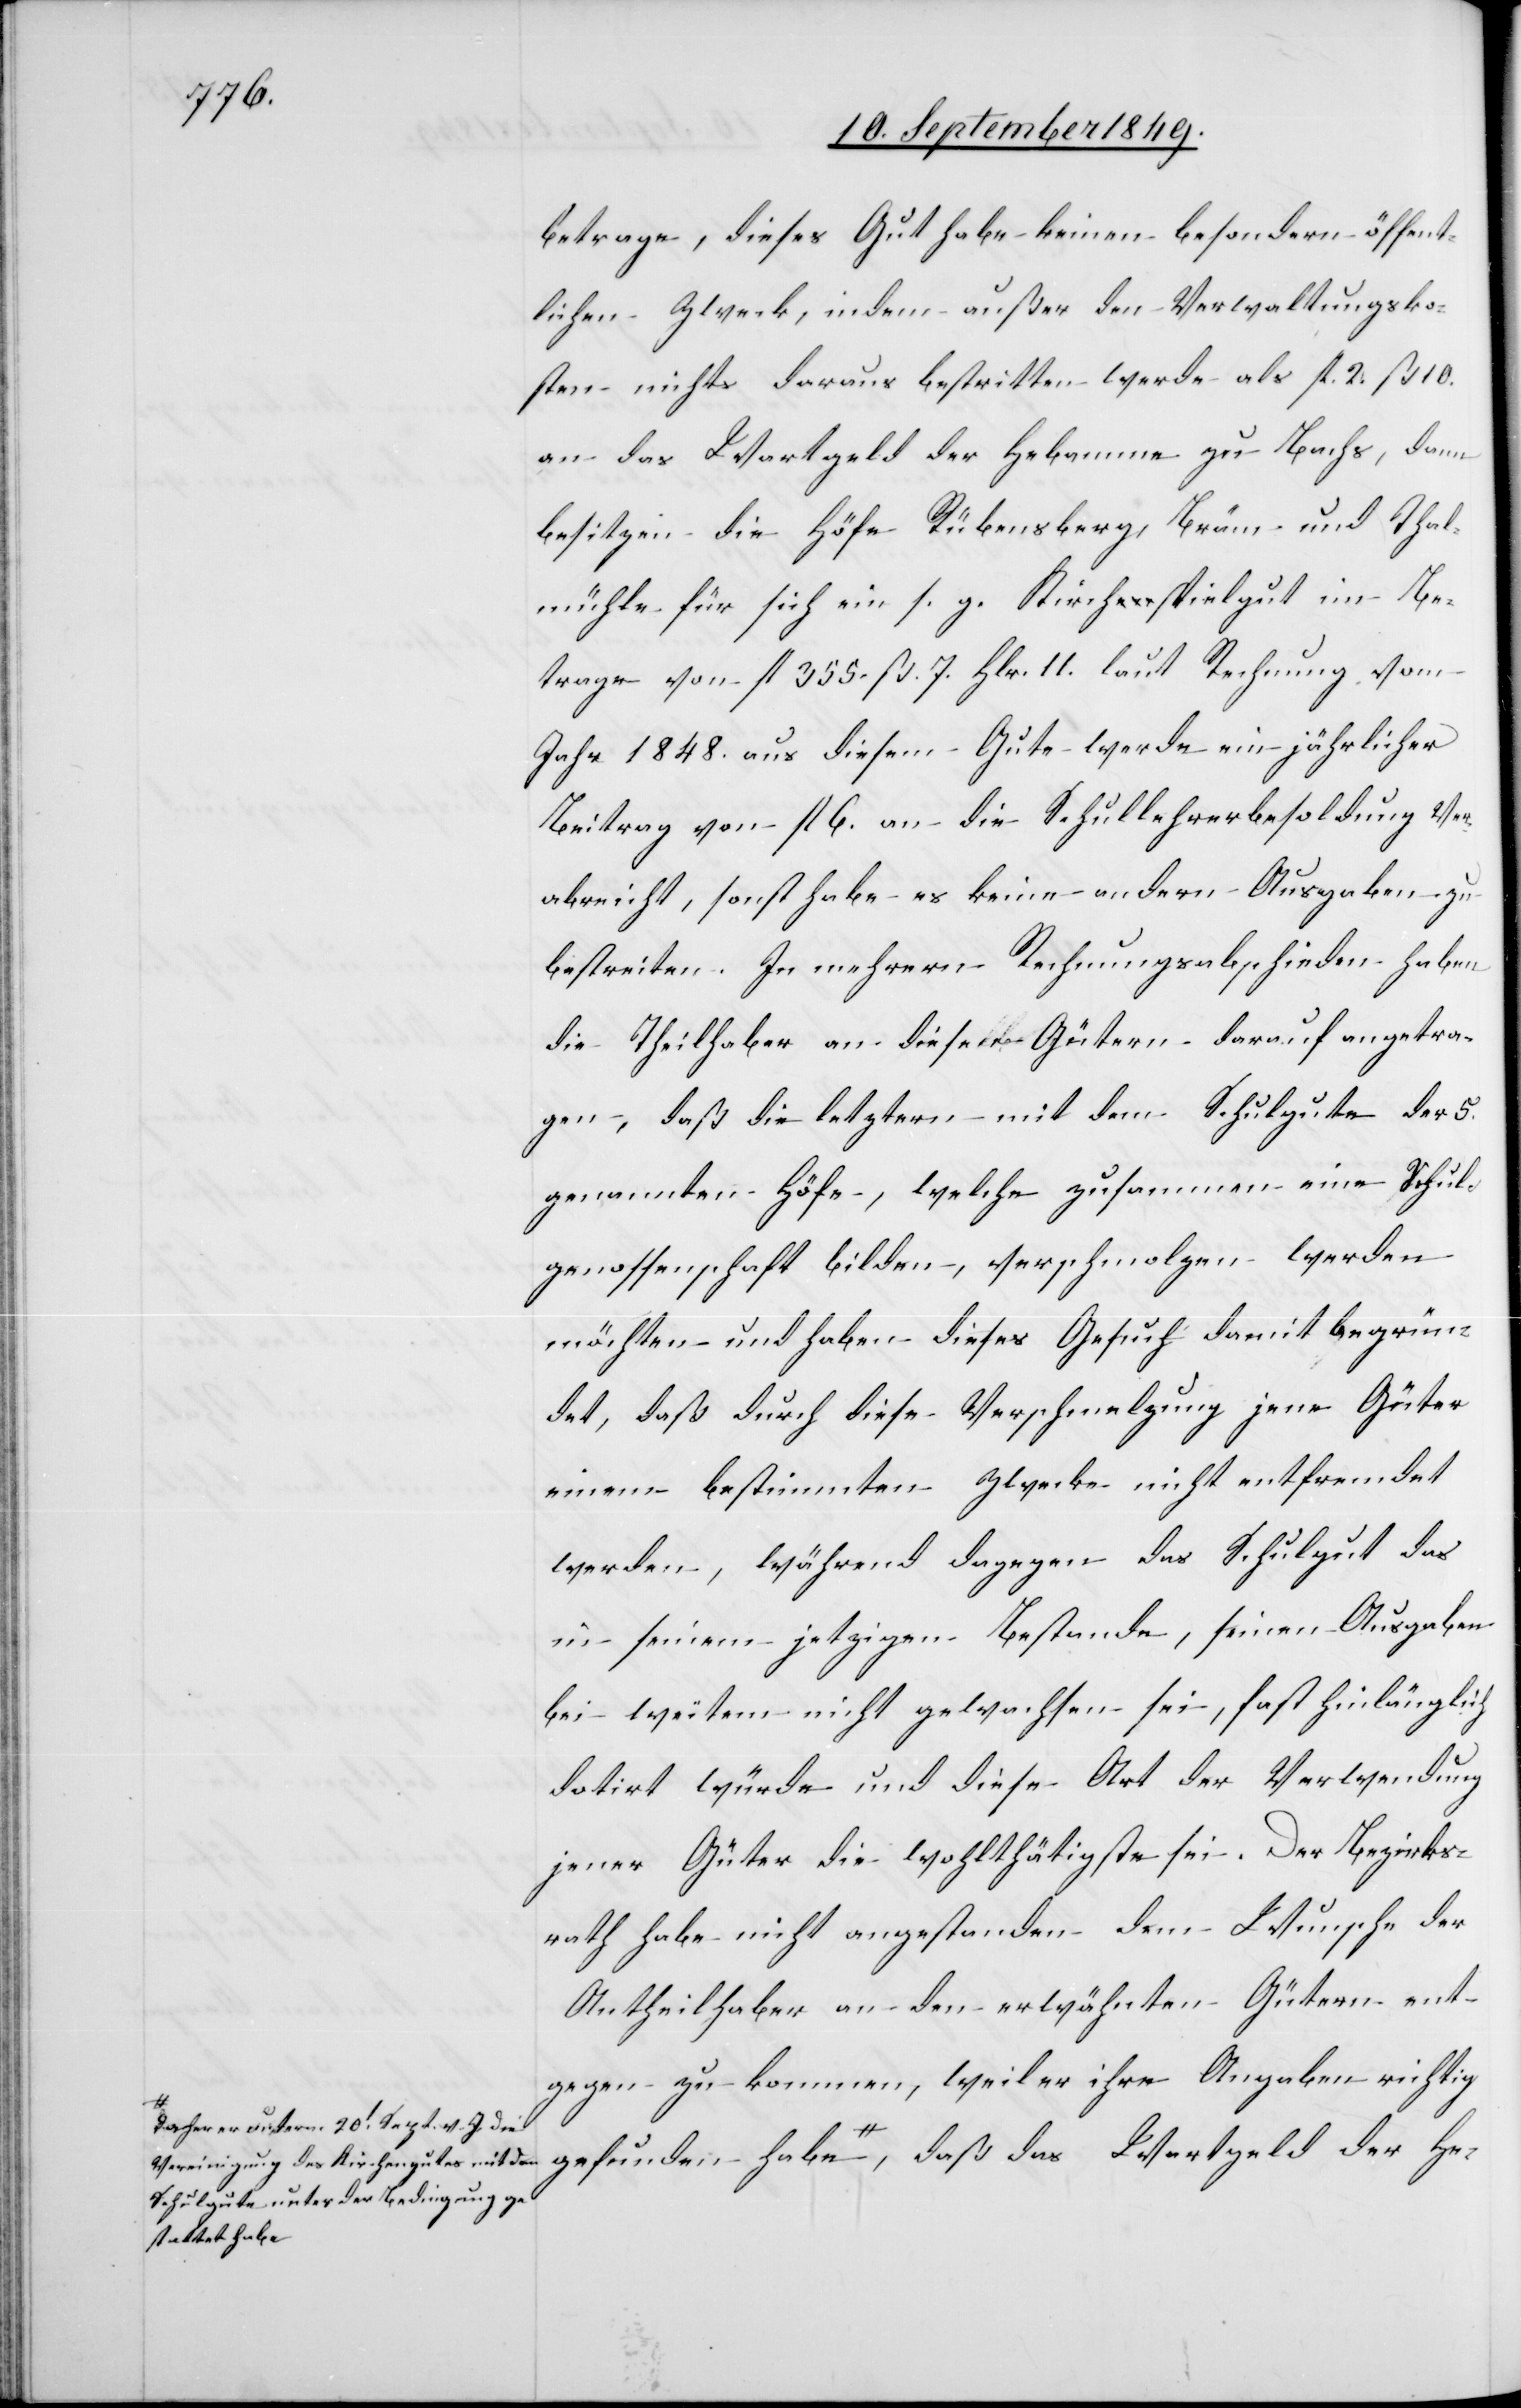
a-daher er unterm 20t Sept. v. J. die
Vereinigung des Kirchengutes mit dem
Schulgute unter der Bedingung ge¬
stattet habe-a,

betrage, dieses Gut habe keinen besondern öffent¬
lichen Zweck, indem außer den Verwaltungsko¬
sten nichts daraus bestritten werde als fl. 2. ß. 10.
an das Wartgeld der Hebamme zu Bachs, dann
besitzen die Höfe Rübensberg, Bräm und Thal¬
mühle für sich ein s. z. Kirchspielgut im Be¬
trage von fl. 355. ß. 7. Hlr. 11. laut Rechnung vom
Jahr 1848. aus diesem Gute werde ein jährlicher
Beitrag von fl. 6. an die Schullehrerbesoldung ver¬
abreicht, sonst habe es keine andern Ausgaben zu
bestreiten. In mehrern Rechnungsabschieden haben
die Theilhaber an diesen Gütern darauf angetra¬
gen, daß die letztern mit dem Schulgute der 5.
genannten Höfe, welche zusammen eine Schul¬
genossenschaft bilden, verschmolzen werden
möchten und haben dieses Gesuch damit begrün¬
det, daß durch diese Verschmelzung jene Güter
einem bestimmten Zwecke nicht entfremdet
werden, während dagegen das Schulgut das
in seinem jetzigen Bestande, seinen Ausgaben
bei weiterm nicht gewachsen sei, fast hinlänglich
datirt würde und diese Art der Verwendung
jener Güter die wohlthätigste sei. Der Bezirks¬
rath habe nicht angestanden dem Wunsche der
Antheilhaber an den erwähnten Gütern ent¬
gegen zu kommen, weil er ihre Angaben richtig